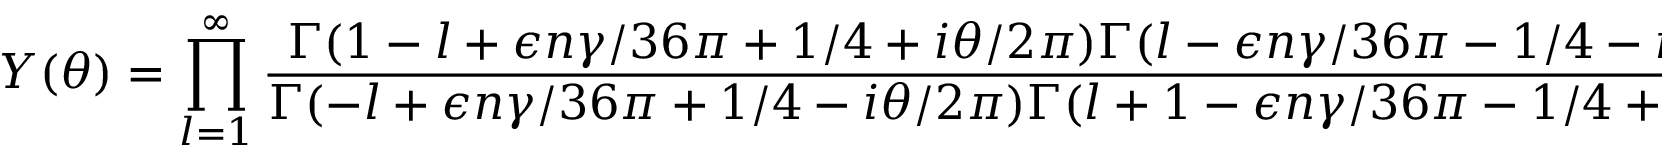
Y ( \theta ) = \prod _ { l = 1 } ^ { \infty } \frac { \textstyle \Gamma ( 1 - l + \epsilon n \gamma / 3 6 \pi + 1 / 4 + i \theta / 2 \pi ) \Gamma ( l - \epsilon n \gamma / 3 6 \pi - 1 / 4 - i \theta / 2 \pi ) } { \textstyle \Gamma ( - l + \epsilon n \gamma / 3 6 \pi + 1 / 4 - i \theta / 2 \pi ) \Gamma ( l + 1 - \epsilon n \gamma / 3 6 \pi - 1 / 4 + i \theta / 2 \pi ) } \; .